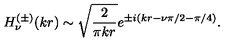
H _ { \nu } ^ { ( \pm ) } ( k r ) \sim \sqrt { \frac { 2 } { \pi k r } } e ^ { \pm i ( k r - \nu \pi / 2 - \pi / 4 ) } .